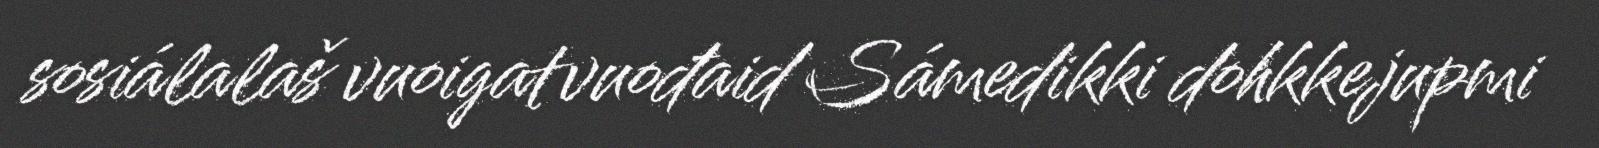
sosiálalaš vuoigatvuođaid Sámedikki dohkkejupmi